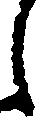
し